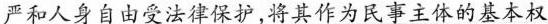
严和人身自由受法律保护,将其作为民事主体的基本权